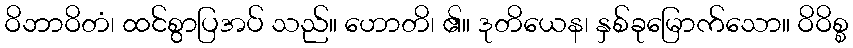
ဝိဘာဝိတံ၊ ထင်စွာပြအပ် သည်။ ဟောတိ၊ ၏။ ဒုတိယေန၊ နှစ်ခုမြောက်သော။ ဝိဝိစ္စ